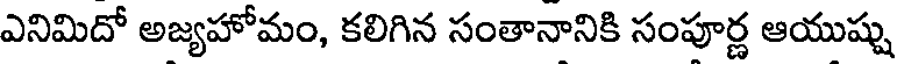
ఎనిమిదో అజ్యహోమం, కలిగిన సంతానానికి సంపూర్ణ ఆయుష్షు